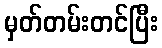
မှတ်တမ်းတင်ပြီး